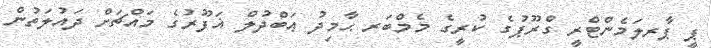
ޕީ ޕާރލަމެންޓްރީ ގްރޫޕުގެ ކުރީގެ މެމްބަރ ޙާމިދު ޢަބްދުލް ޣަފޫރުގެ މައްޗަށް ދައުލަތުން